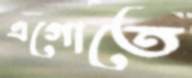
এগোতে